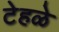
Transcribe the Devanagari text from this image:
टेहळे